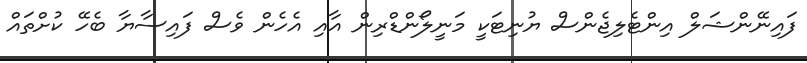
ފައިނޭންޝަލް އިންޓެލިޖެންސް ޔުނިޓަކީ މަނީލޯންޑްރިން އާއި އެހެން ވެސް ފައިސާޔާ ބެހޭ ކުށްތައް